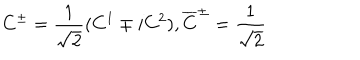
C ^ { \pm } = \frac 1 { \sqrt { 2 } } ( C ^ { 1 } \mp i C ^ { 2 } ) , \overline { { { C } } } ^ { \pm } = \frac 1 { \sqrt { 2 } }